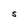
Character: S